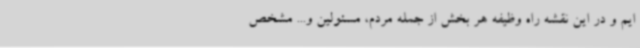
ایم و در این نقشه راه وظیفه هر بخش از جمله مردم، مسئولین و... مشخص